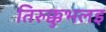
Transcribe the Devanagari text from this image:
तिरुक्कुभलइ